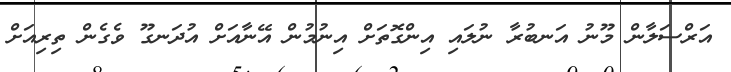
އަރްސަލާން މޫނު އަނބުރާ ނުލައި އިންގޮތަށް އިނުމުން އޭނާއަށް އުދަނގޫ ވެގެން ތިރިއަށް